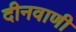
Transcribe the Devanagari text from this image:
दीनवाणी